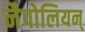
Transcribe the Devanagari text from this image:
नैपोलियन्